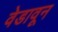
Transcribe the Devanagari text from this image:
वेडावून